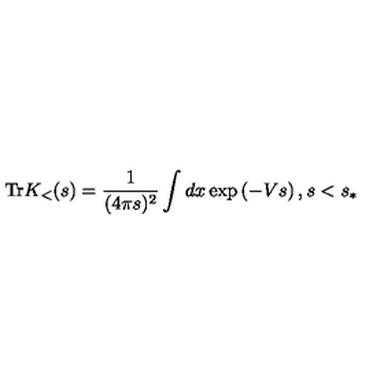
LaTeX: \mathrm { T r } K _ { < } ( s ) = \frac { 1 } { ( 4 \pi s ) ^ { 2 } } \int d x \exp \left( - V s \right) , s < s _ { \ast }